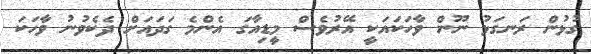
ގުޅުން ރަނގަޅު ނޫން ވާހަކައަކީ އޭރުވެސް މީޑިއާގަ އެންމެ ގަދައަށް ދެކެވުނު ވާހަކަ